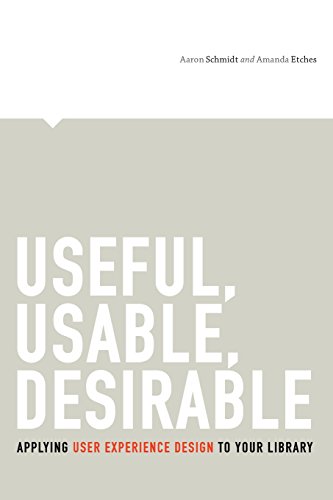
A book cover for Useful, Usable, Desirable: Applying User Experience Design to Your Library; Aaron Schmidt; Politics & Social Sciences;